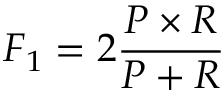
F _ { 1 } = 2 \frac { P \times R } { P + R }